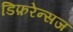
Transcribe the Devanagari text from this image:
डिफ़रेन्सज